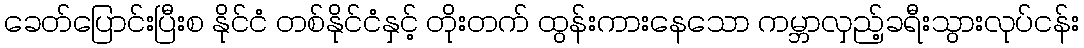
ခေတ်ပြောင်းပြီးစ နိုင်ငံ တစ်နိုင်ငံနှင့် တိုးတက် ထွန်းကားနေသော ကမ္ဘာလှည့်ခရီးသွားလုပ်ငန်း